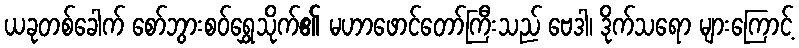
ယခုတစ်ခေါက် စော်ဘွားစဝ်ရွှေသိုက်၏ မဟာဖောင်တော်ကြီးသည် ဗေဒါ၊ ဒိုက်သရော များကြောင့်